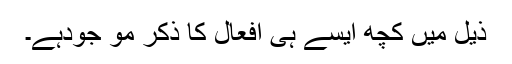
ذیل میں کچھ ایسے ہی افعال کا ذکر مو جودہے۔